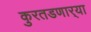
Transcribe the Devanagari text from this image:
कुरतडणार्‍या